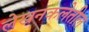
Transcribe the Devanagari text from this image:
लेखनकलेतील